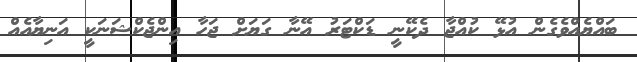
ބައްޔެއްވެގެން އުޅޭ ކުއްޖާ ދެކޭނީ ޑަކްޓަރު އޭނާ ގަޔަށް ޖަހާ އިންޖެކްޝަނަކީ އަނިޔާއެއް